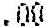
.00